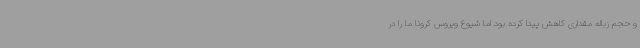
و حجم زباله مقداری کاهش پیدا کرده بود اما شیوع ویروس کرونا ما را در